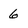
Character: 6